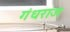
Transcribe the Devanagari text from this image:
गंधराज